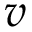
v